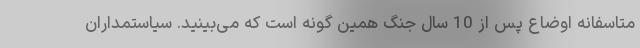
متاسفانه اوضاع پس از 10 سال جنگ همین گونه است که می‌بینید. سیاستمداران